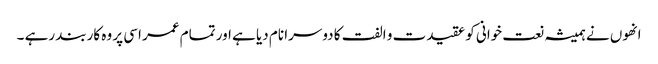
انھوں نے ہمیشہ نعت خوانی کو عقیدت و الفت کا دوسرا نام دیا ہے اور تمام عمر اسی پر وہ کاربند رہے ۔